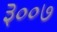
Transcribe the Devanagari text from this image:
३००७